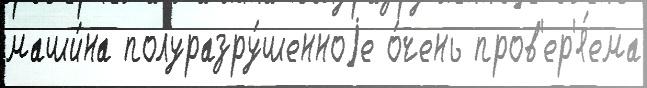
маши́на полуразру́шенноjе о́чень пров'ер'я́ема